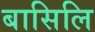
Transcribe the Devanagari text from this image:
बासिलि